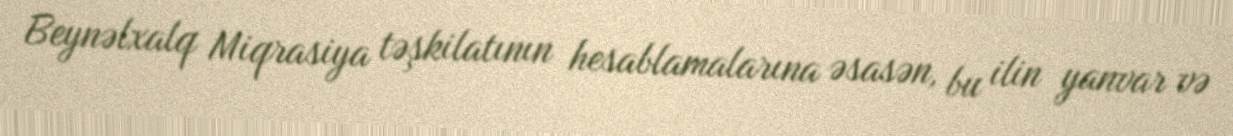
Beynəlxalq Miqrasiya təşkilatının hesablamalarına əsasən, bu ilin yanvar və